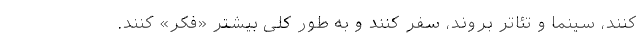
کنند، سینما و تئاتر بروند، سفر کنند و به طور کلی بیشتر «فکر» کنند.